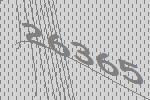
26365